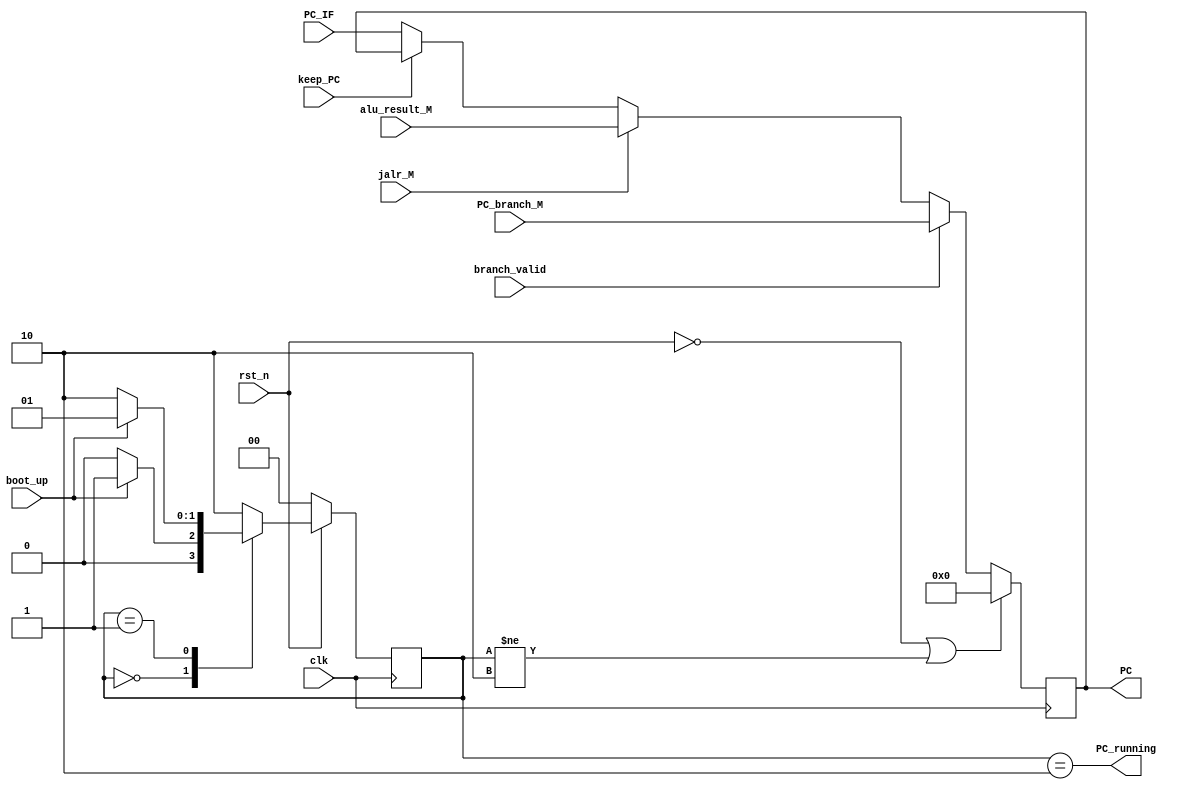
// `include "Def.v"
module PC(
    input clk,
    input rst_n,

    input [31:0] PC_IF,
    input [31:0] PC_branch_M, // PC_branch_ID
    input [31:0] alu_result_M,

    input boot_up,

    input branch_valid,
    input jalr_M,

    input keep_PC,

    output reg [31:0] PC,
    output PC_running
);

localparam  PC_IDLE = 2'b00,
            PC_LOAD = 2'b01,
            PC_RUN  = 2'b10;

reg [1:0] state, state_n;

reg [31:0] PC_temp;

assign PC_running = (state == PC_RUN);

always@(posedge clk)
    if(!rst_n)
        state <= PC_IDLE;
    else
        state <= state_n;

always@*
    case(state)
        PC_IDLE: state_n = boot_up ? PC_LOAD : PC_IDLE;
        PC_LOAD: state_n = ~boot_up ? PC_RUN : PC_LOAD;
        default   : state_n = PC_RUN;
    endcase

always@(posedge clk) begin
    if(~rst_n || (state != PC_RUN))
        PC <= 0;
    else
        PC <= PC_temp;
end

always@* begin
    case(1'b1)
        branch_valid: PC_temp = PC_branch_M; // PC_branch_ID
        jalr_M: PC_temp = alu_result_M;

        keep_PC: PC_temp = PC;

        default: PC_temp = PC_IF;
    endcase
end

endmodule